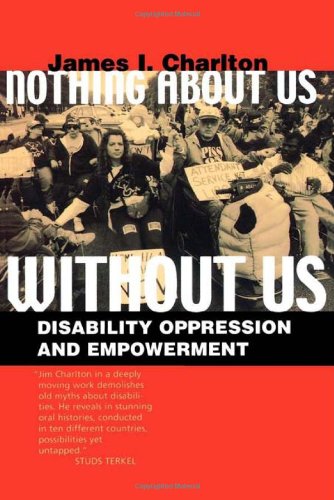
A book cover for Nothing About Us Without Us: Disability Oppression and Empowerment; James I. Charlton; Law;